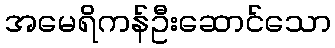
အမေရိကန်ဦးဆောင်သော